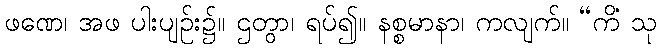
ဖဏေ၊ အဖ ပါးပျဉ်း၌။ ဌတွာ၊ ရပ်၍။ နစ္စမာနာ၊ ကလျက်။ “ကိံ သု